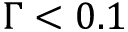
\Gamma < 0 . 1